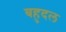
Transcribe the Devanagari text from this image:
बहुदल